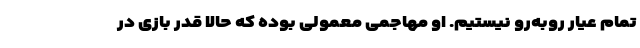
تمام عیار روبه‌رو نیستیم. او مهاجمی معمولی بوده که حالا قدر بازی در